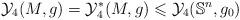
LaTeX: \begin{align*}\mathcal{Y}_4(M, g)=\mathcal{Y}_4^*(M, g) \leqslant \mathcal{Y}_4(\mathbb{S}^n,g_0)\end{align*}